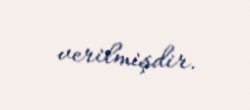
verilmişdir.